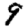
Digit: 9